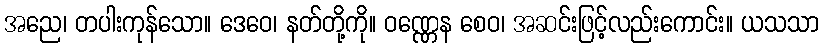
အညေ၊ တပါးကုန်သော။ ဒေဝေ၊ နတ်တို့ကို။ ဝဏ္ဏေန စေဝ၊ အဆင်းဖြင့်လည်းကောင်း။ ယသသာ